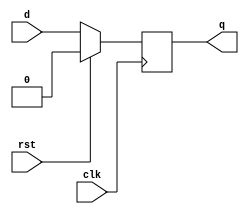
module d_flip_flop (
    input wire clk,          // Clock signal
    input wire rst,          // Synchronous reset signal
    input wire d,            // Data input
    output reg q             // Data output
);

// Behavioral modeling of D flip-flop
always @(posedge clk) begin
    if (rst) begin
        q <= 1'b0;          // Reset output to 0
    end else begin
        q <= d;             // Update output with data input
    end
end

endmodule